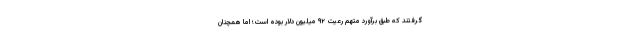
گرفتند که طبق برآورد متهم رعیت ۹۲ میلیون دلار بوده است؛ اما همچنان